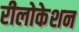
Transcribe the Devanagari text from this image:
रीलोकेशन